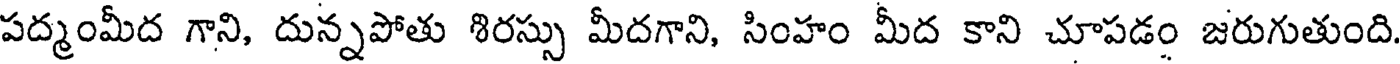
పద్మంమీద గాని, దున్నపోతు శిరస్సు మీదగాని, సింహం మీద కాని చూపడం జరుగుతుంది